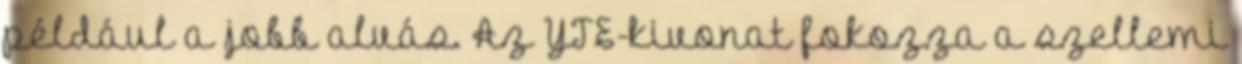
például a jobb alvás. Az YTE-kivonat fokozza a szellemi